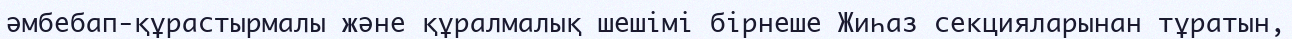
әмбебап-құрастырмалы және құралмалық шешімі бірнеше Жиһаз секцияларынан тұратын,